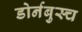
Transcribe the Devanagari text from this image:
डोर्नबुस्च